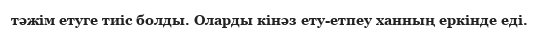
тәжім етуге тиіс болды. Оларды кінәз ету-етпеу ханның еркінде еді.